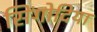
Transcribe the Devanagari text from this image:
सिंगोदिया